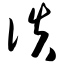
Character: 佚